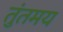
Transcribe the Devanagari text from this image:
तुंतमय